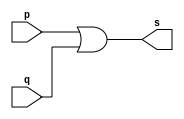
//-------------------------
// Exemplo0004 - OR
// Nome: Miguel Sousa
//-------------------------

//-------------------------
//--or gate
//-------------------------
module orgate ( output s,
					input p, q);
 assign s = p | q;
endmodule // orgate

//---------------------
//--test or gate
//---------------------
module testorgate;
//-------------------------dados locais
  reg a, b; // definir registradores
  wire s;	// definir conexao (fio)
//-------------------------instancia
orgate OR1 (s, a, b);
//-------------------------preparacao
initial begin:start
		// atribuicao simultanea
		// dos valores iniciais
  a=0;b=0;
end
//-------------------------parte principal
initial begin
	$display("Exemplo0004 - Miguel Sousa - 463985");
	$display("Test OR gate");
	$display("\na & b = s\n");
	a=0; b=0;
#1	$display("%b & %b = %b", a, b, s);
	a=0; b=1;
#1	$display("%b & %b = %b", a, b, s);
	a=1; b=0;
#1	$display("%b & %b = %b", a, b, s);
	a=1; b=1;
#1	$display("%b & %b = %b", a, b, s);
end

endmodule // testorgate